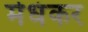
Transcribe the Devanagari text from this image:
मेधंकर